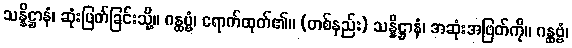
သန္နိဋ္ဌာနံ၊ ဆုံးဖြတ်ခြင်းသို့။ ဂန္ထဗ္ဗံ၊ ရောက်ထုတ်၏။ (တစ်နည်း) သန္နိဋ္ဌာနံ၊ အဆုံးအဖြတ်ကို။ ဂန္ထဗ္ဗံ၊